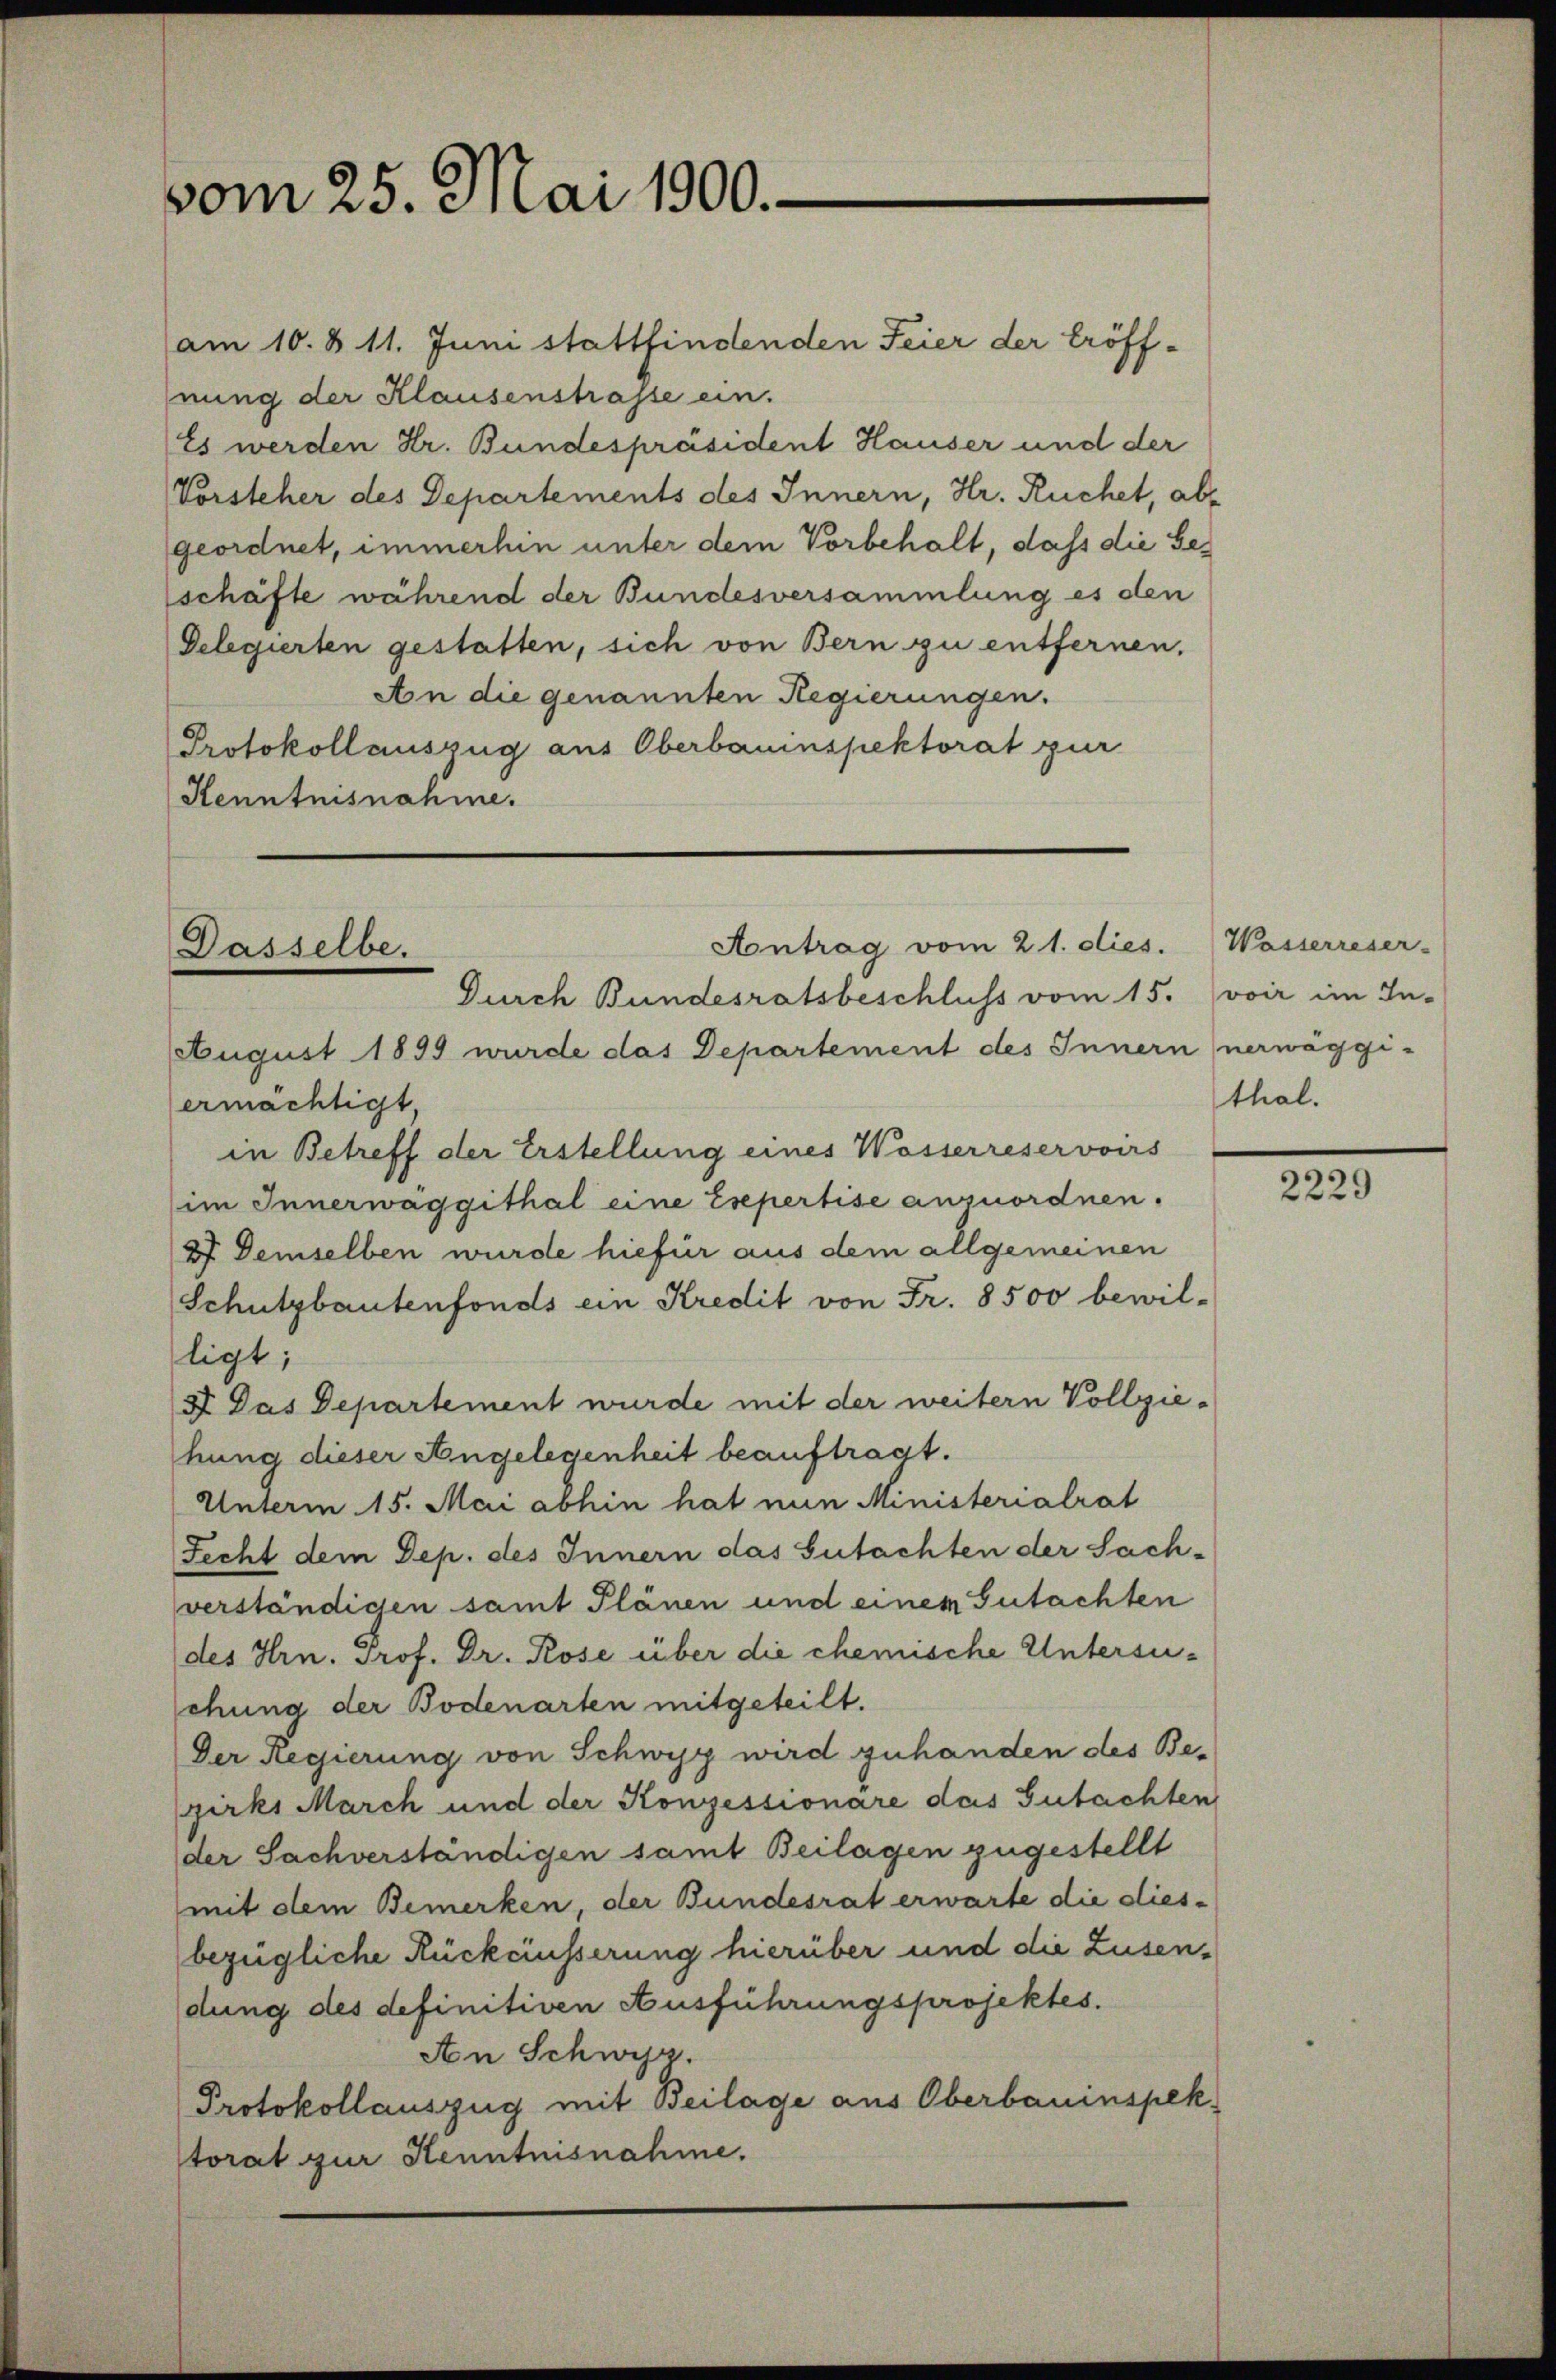
vom 25. Mai 1900.

am 10. § 11. Juni stattfindenden Feier der Eröffnung der Klausenstrasse ein.
Es werden Hr. Bundespräsident Hauser und der
Vorsteher des Departements des Innern, Hr. Ruchet, abgeordnet, immerhin unter dem Vorbehalt, daß die Geschäfte während der Bundesversammlung es den
Delegierten gestatten, sich von Bern zu entfernen.
An die genannten Regierungen.
Protokollauszug aus Oberbauinspektorat zur
Kenntnisnahme.

August 1899 wurde das Departement des Innern nerwäggiermächtigt
in Betreff der Erstellung eines Wasserreservoirs
im Innerwäggithal eine Esepertise anzuordnen.
27) Demselben wurde hiefür aus dem allgemeinen
Schutzbautenfonds ein Kredit von Fr. 8500 bewil-
ligt;
3 Das Departement wurde mit der weitern Vollzie-
hung dieser Angelegenheit beauftragt.
Unterm 15. Mai abhin hat nun Ministerialrat
Fecht dem Dep. des Innern das Gutachten der Sach-
verständigen samt Plänen und einem Gutachten
des Hrn. Prof. Dr. Rose über die chemische Untersuchung der Bodenarten mitgeteilt.
Der Regierung von Schwyz wird zuhanden des Bezirks March und der Konzessionare das Gutachten
der Sachverständigen samt Beilagen zugestellt
mit dem Bemerken, der Bundesrat erwarte die diesbezügliche Rückäusserung hierüber und die Zusendung des definitiven Ausführungsprojektes.
An Schwyz.
Protokollauszug mit Beilage aus Oberbauinspektorat zur Kenntnisnahme.

Aontrag vom 21. dies.
Dasselbe.
Durch Bundesratsbeschluss vom 15. voir im In-

Wasserreser-
thal.

2229